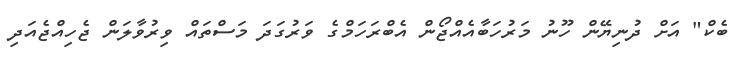
ބެކް" އަށް ދުނިޔޭން ހޫނު މަރުހަބާއެއްޖޯން އެބްރަހަމްގެ ވަރުގަދަ މަސްތައް ވިރުވާލަން ޖެހިއްޖެއަދި